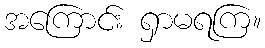
အကြောင်း ရှာမရကြ။